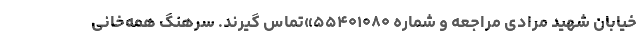
خیابان شهید مرادی مراجعه و شماره ۵۵۴۰۱۰۸۰»تماس گیرند. سرهنگ همه‌خانی